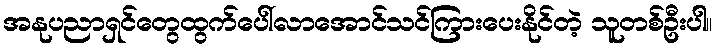
အနုပညာရှင်တွေထွက်ပေါ်လာအောင်သင်ကြားပေးနိုင်တဲ့ သူတစ်ဦးပါ။